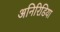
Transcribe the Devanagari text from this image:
अनिरिडिया